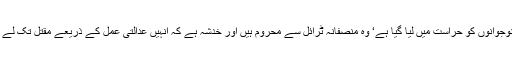
جن کشمیری نوجوانوں کو حراست میں لیا گیا ہے‘ وہ منصفانہ ٹرائل سے محروم ہیں اور خدشہ ہے کہ انہیں عدالتی عمل کے ذریعے مقتل تک لے جایا جائے گا۔